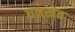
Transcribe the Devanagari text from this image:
धनखेत